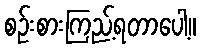
စဉ်းစားကြည့်ရတာပေါ့။